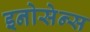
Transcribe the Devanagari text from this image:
इनोसेन्स